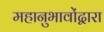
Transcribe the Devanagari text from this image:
महानुभावोंद्वारा